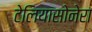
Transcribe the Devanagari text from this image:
टेलियासोनेरा